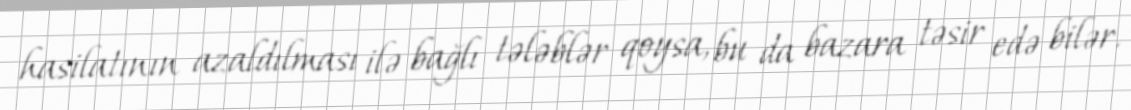
hasilatının azaldılması ilə bağlı tələblər qoysa, bu da bazara təsir edə bilər.